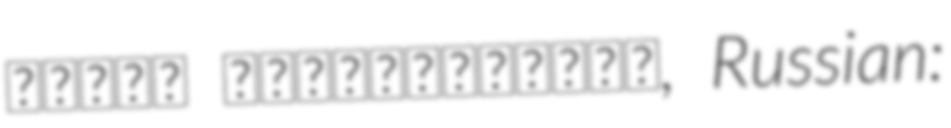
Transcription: მერაბ მამარდაშვილი, Russian: